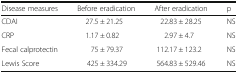
<table><thead><tr><td><b>Disease measures</b></td><td><b>Before eradication</b></td><td><b>After eradication</b></td><td><b>p</b></td></tr></thead><tbody><tr><td>CDAI</td><td>27.5 ± 21.25</td><td>22.83 ± 28.25</td><td>NS</td></tr><tr><td>CRP</td><td>1.17 ± 0.82</td><td>2.97 ± 4.7</td><td>NS</td></tr><tr><td>Fecal calprotectin</td><td>75 ± 79.37</td><td>112.17 ± 123.2</td><td>NS</td></tr><tr><td>Lewis Score</td><td>425 ± 334.29</td><td>564.83 ± 529.46</td><td>NS</td></tr></tbody></table>